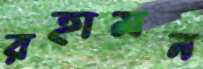
রহামন